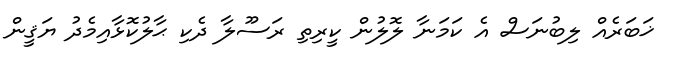
ޚަބަރެއް ލިބުނަސް އެ ކަމަނާ ލޮލުން ކީރިތި ރަސޫލާ ދެކި ޙާލުކޮޅާއިމެދު ޔަޤީން